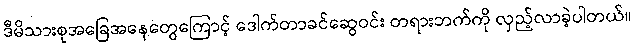
ဒီမိသားစုအခြေအနေတွေကြောင့် ဒေါက်တာခင်ဆွေဝင်း တရားဘက်ကို လှည့်လာခဲ့ပါတယ်။